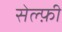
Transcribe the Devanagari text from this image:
सेल्फ़ी